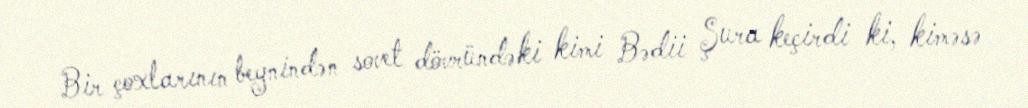
Bir çoxlarının beynindən sovet dövründəki kimi Bədii Şura keçirdi ki, kiməsə